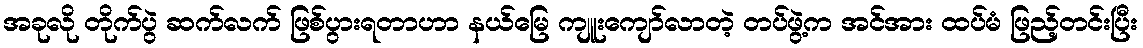
အခုလို တိုက်ပွဲ ဆက်လက် ဖြစ်ပွားရတာဟာ နယ်မြေ ကျူးကျော်လာတဲ့ တပ်ဖွဲ့က အင်အား ထပ်မံ ဖြည့်တင်းပြီး